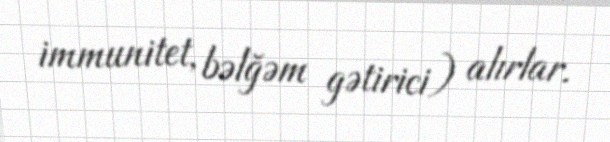
immunitet, bəlğəm gətirici) alırlar.